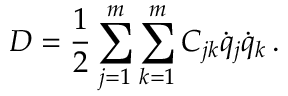
D = { \frac { 1 } { 2 } } \sum _ { j = 1 } ^ { m } \sum _ { k = 1 } ^ { m } C _ { j k } { \dot { q } } _ { j } { \dot { q } } _ { k } \, .